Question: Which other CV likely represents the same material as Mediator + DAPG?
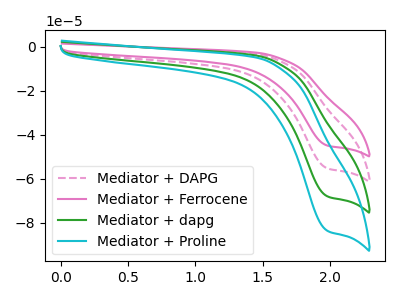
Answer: <think>The pink dashed curve "Mediator + DAPG" has a cathodic peak at: (2.00V, -55.40uA). The pink curve "Mediator + Ferrocene" has a cathodic peak at: (2.00V, -45.00uA). The green curve "Mediator + dapg" has a cathodic peak at: (2.00V, -110.75uA). The cyan curve "Mediator + Proline" has a cathodic peak at: (2.00V, -166.15uA).
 All the peaks in "Mediator + DAPG" have a peak in "Mediator + Ferrocene" at the same potential. Every peak in "Mediator + DAPG" is higher than every peak in "Mediator + Ferrocene". All the peaks in "Mediator + DAPG" have a peak in "Mediator + dapg" at the same potential. Every peak in "Mediator + DAPG" is lower than every peak in "Mediator + dapg". All the peaks in "Mediator + DAPG" have a peak in "Mediator + Proline" at the same potential. Every peak in "Mediator + DAPG" is lower than every peak in "Mediator + Proline". All the peaks in "Mediator + Ferrocene" have a peak in "Mediator + dapg" at the same potential. Every peak in "Mediator + Ferrocene" is lower than every peak in "Mediator + dapg". All the peaks in "Mediator + Ferrocene" have a peak in "Mediator + Proline" at the same potential. Every peak in "Mediator + Ferrocene" is lower than every peak in "Mediator + Proline". All the peaks in "Mediator + dapg" have a peak in "Mediator + Proline" at the same potential. Every peak in "Mediator + dapg" is lower than every peak in "Mediator + Proline".</think>
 <answer>"Mediator + DAPG", "Mediator + dapg" and "Mediator + Proline" have a similar shape to "Mediator + Ferrocene".</answer>
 <eval>"Mediator + DAPG" "Mediator + dapg" "Mediator + Proline"</eval>